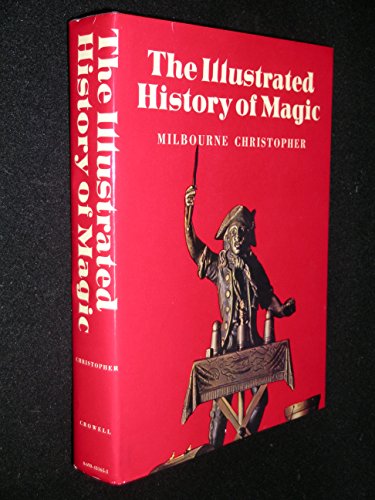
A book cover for The Illustrated History of Magic; Milbourne Christopher; Humor & Entertainment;